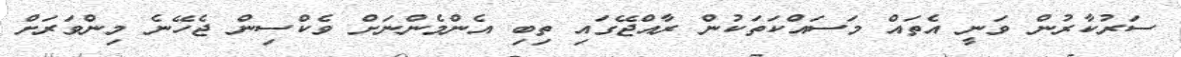
ސަރުކާރުން ވަނީ އެތައް މަސައްކަތަކުން ރާއްޖޭގައި ތިބި އެންމެންނަށް ވެކްސިން ޖެހޭނެ މިންވަރަށް